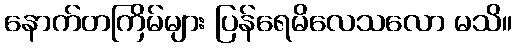
နောက်တကြိမ်များ ပြန်ရေမိလေသလော မသိ။